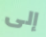
إلى